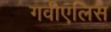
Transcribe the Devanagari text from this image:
गवीएलिस